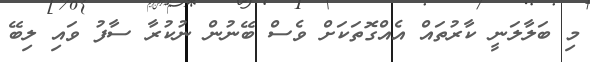
މި ބަލާލަނީ ކާރުތައް އެއްގޮތަކަށް ވެސް ބޭނުން ނުކުރާ ސާފު ވައި ލިބޭ